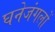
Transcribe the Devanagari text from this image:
घनेजंगलों